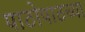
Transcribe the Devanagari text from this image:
पाठोपाठच्या